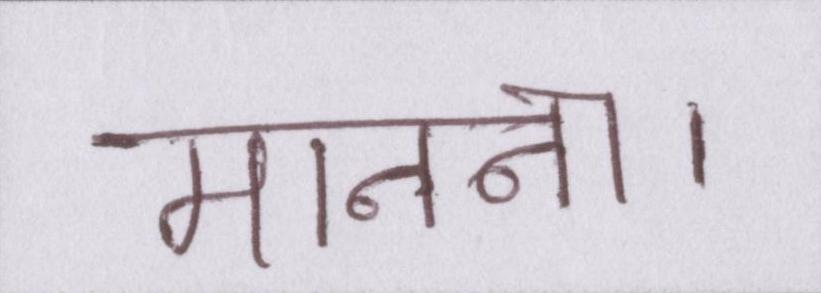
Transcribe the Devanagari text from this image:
मानना।